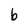
Character: b